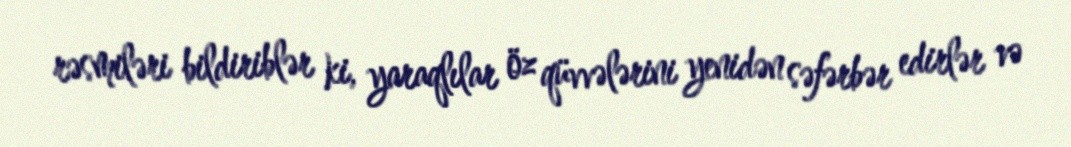
rəsmiləri bildiriblər ki, yaraqlılar öz qüvvələrini yenidən səfərbər edirlər və